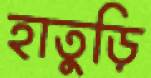
হাতুড়ি